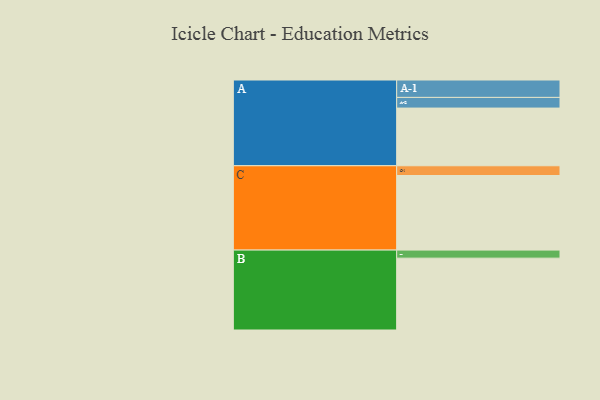
{"axis": {"x": "Segment", "y": "Value"}, "legend": ["", "A", "B", "C"], "data": [{"x": "A", "y": 444, "type": ""}, {"x": "B", "y": 553, "type": ""}, {"x": "C", "y": 574, "type": ""}, {"x": "A-1", "y": 134, "type": "A"}, {"x": "A-2", "y": 82, "type": "A"}, {"x": "B-1", "y": 62, "type": "B"}, {"x": "C-1", "y": 75, "type": "C"}]}